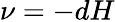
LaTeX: \nu=-dH